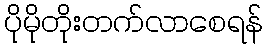
ပိုမိုတိုးတက်လာစေရန်